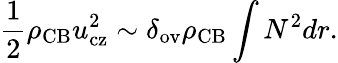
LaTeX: \frac{1}{2}\rho_{\mathrm{CB}}u_{\mathrm{cz}}^{2}\sim\delta_{\mathrm{ov}}\rho_{\mathrm{CB}}\int N^{2}dr.